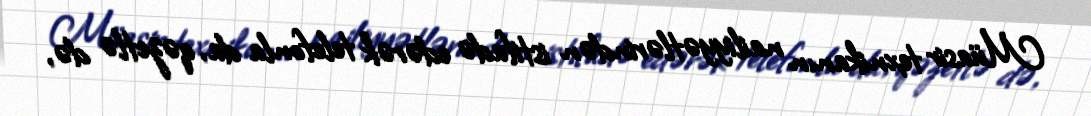
Müasir texnikanın nailiyyətlərindən istifadə edərək telefonla da, qəzetlə də,